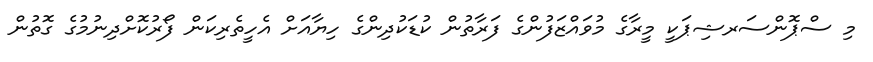
މި ސްޕޮންސަރޝިޕަކީ މީރާގެ މުވައްޒަފުންގެ ފަރާތުން ކުޑަކުދިންގެ ހިޔާއަށް އެހީތެރިކަން ފޯރުކޮށްދިނުމުގެ ގޮތުން